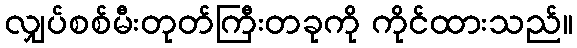
လျှပ်စစ်မီးတုတ်ကြီးတခုကို ကိုင်ထားသည်။